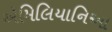
ઍમિલિયાનિઆ